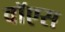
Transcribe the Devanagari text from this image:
वॉएस